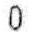
0